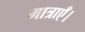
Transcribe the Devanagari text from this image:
मात्राएँ।